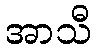
အာသီ